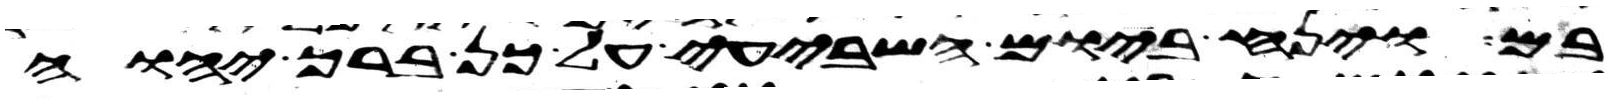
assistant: בם וינח ביום השביעי על כן ברך יהוה